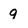
Character: 9